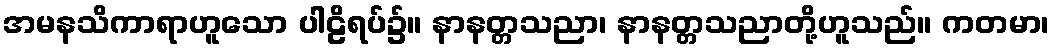
အမနသိကာရာဟူသော ပါဠိရပ်၌။ နာနတ္တသညာ၊ နာနတ္တသညာတို့ဟူသည်။ ကတမာ၊